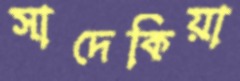
সাদেকিয়া